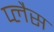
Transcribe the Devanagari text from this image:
प्लैस